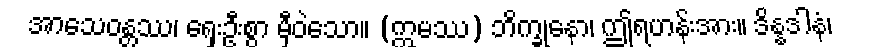
အာသေဝန္တဿ၊ ရှေးဦးစွာ မှီဝဲသော။ (ဣမဿ) ဘိက္ခုနော၊ ဤရဟန်းအား။ ဒိန္နဒါနံ၊